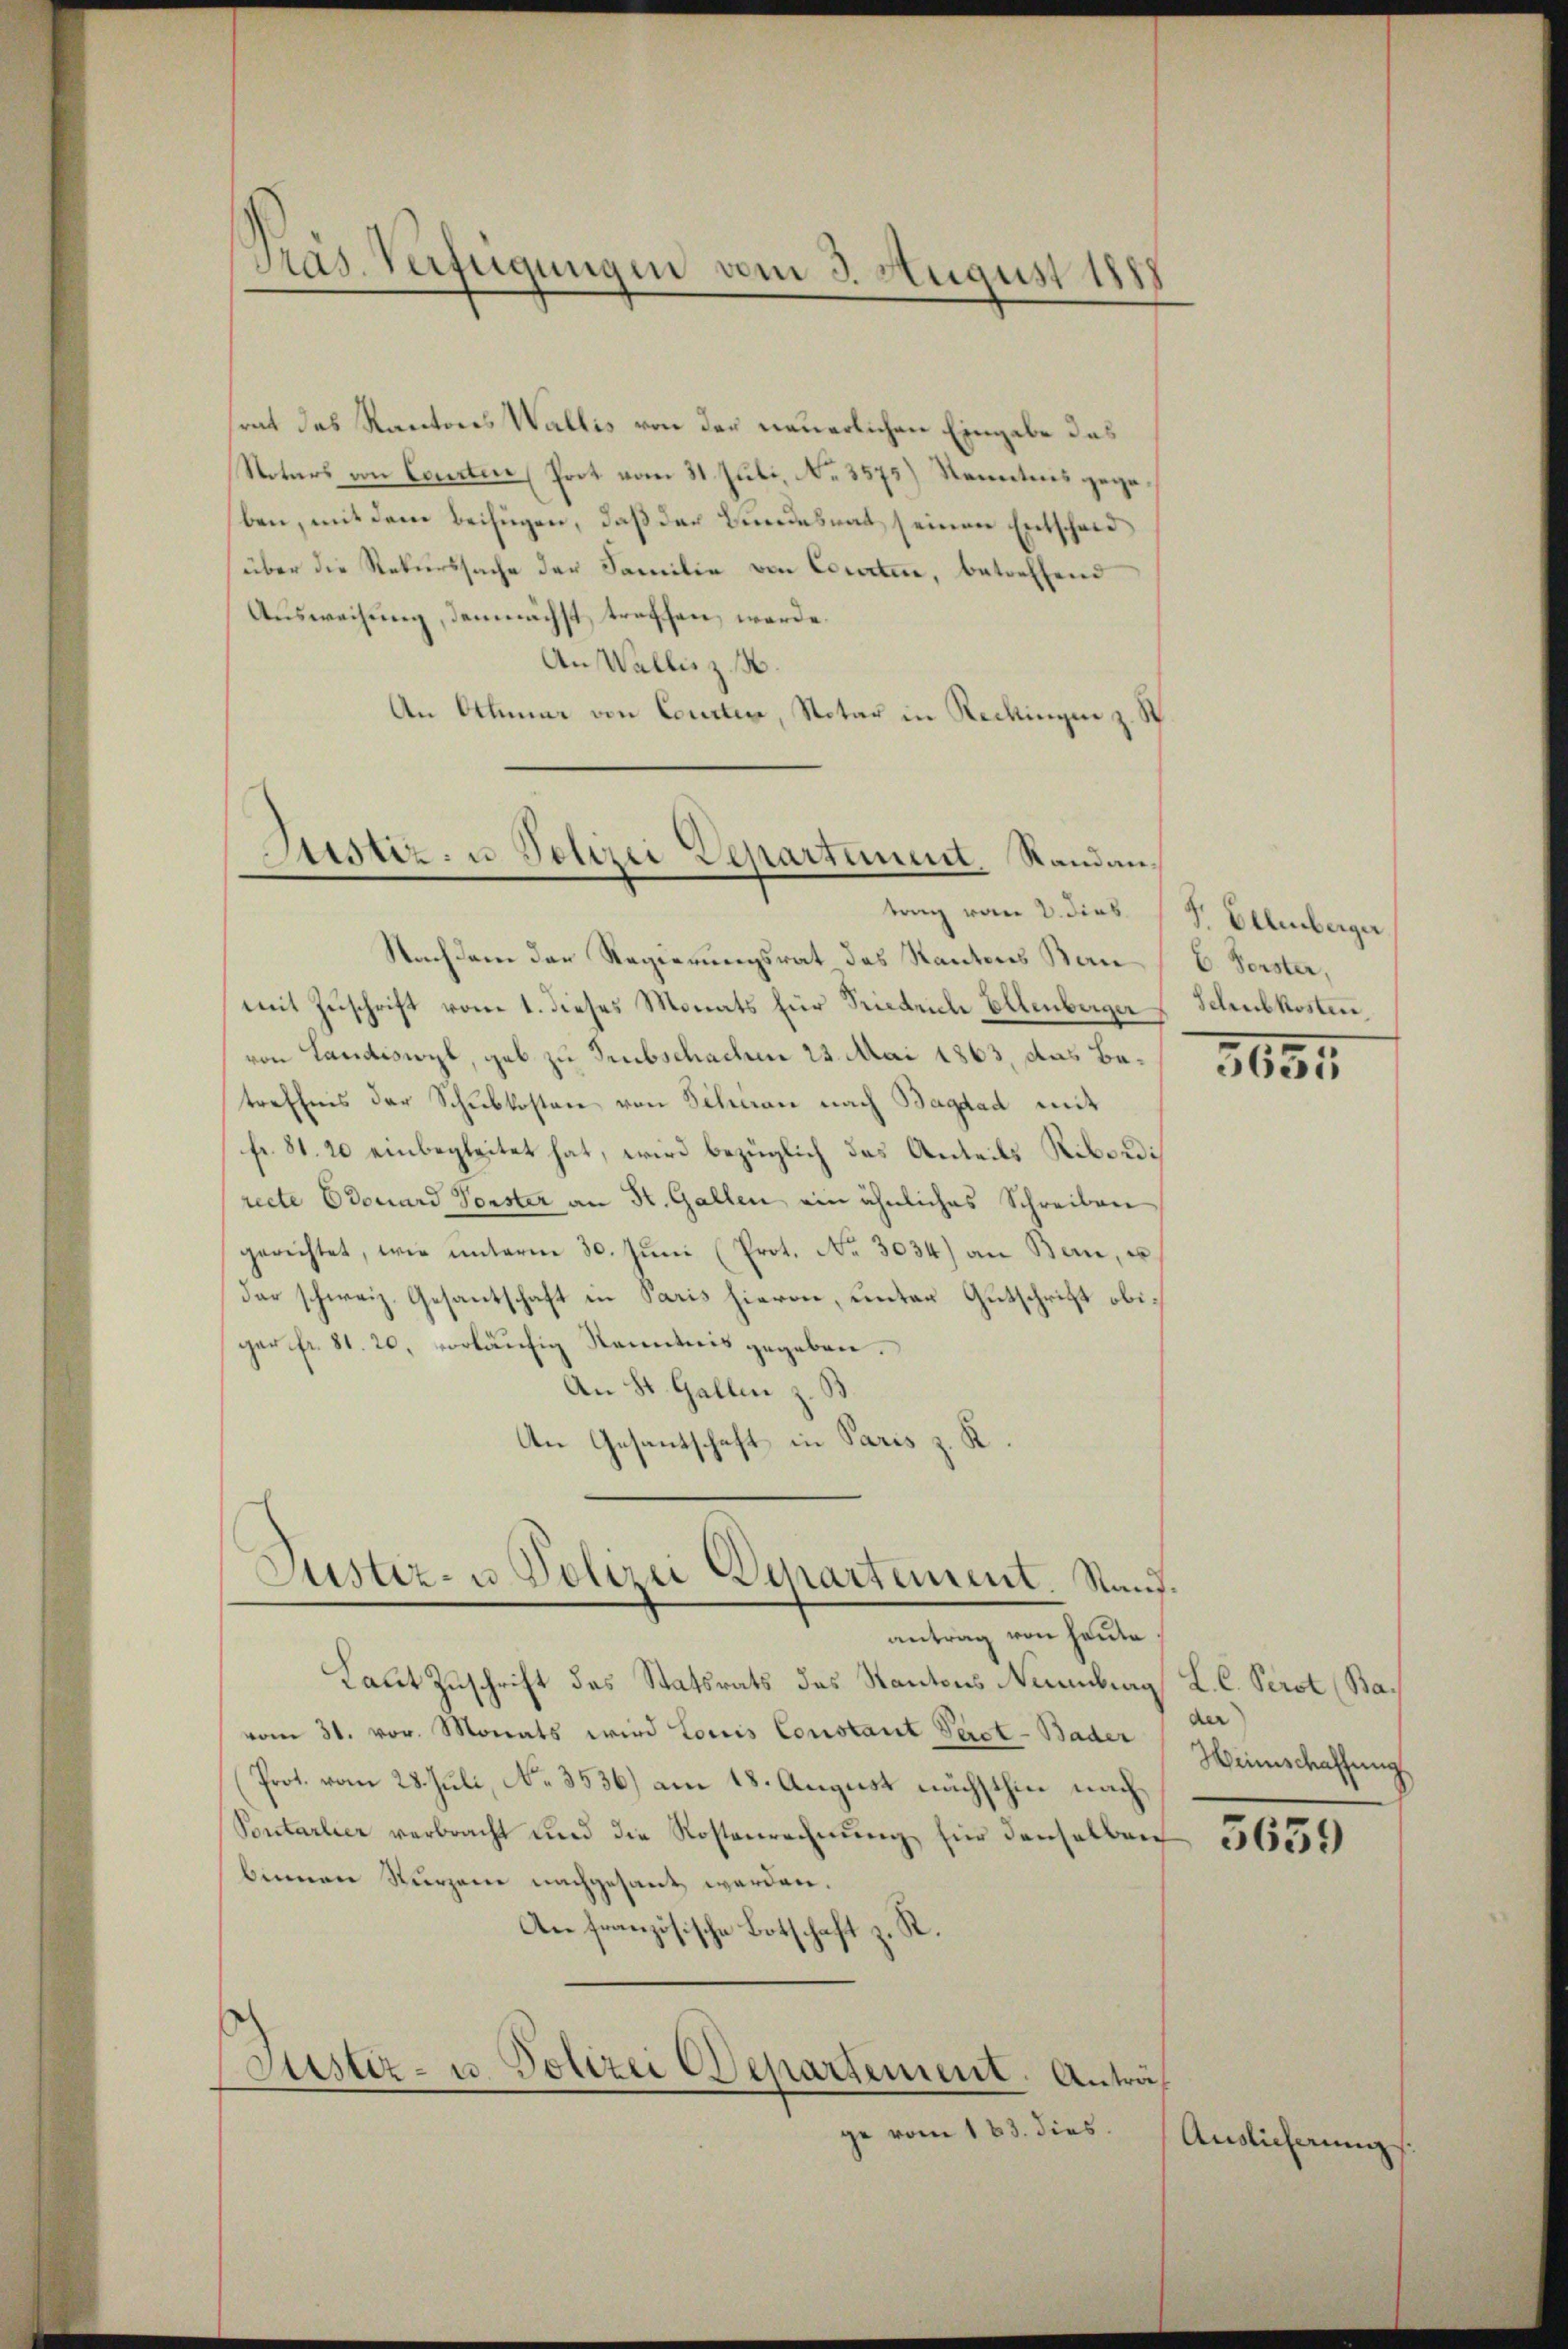
srat das Kantons Wallis von der neuerlichen Eingabe das
Notars von Courten (Prot vom 31. Juli, No. 3575) Kenntnis gegeben, mit dem beifügen, daß des Bundesrat seinen Entscheid
über die Rekurssache der Familie von Courten, betreffend
Ausweisung, demnächst treffen, werde.
An Wallis z. B.
An Ottener von Courter, Notar in Reckingen z. St

Präs. Verfügungen vom 3. August 185

Justiz- u. Selirii Departement Randane
trag vom 2. dies Sr. Ellenberger

Justiz- u. Polizei Departement. Stand.
antrag von heute.

Justiz- u. Polizei Departement. Anträ¬

ge vom 163. dies

Nachdem der Regierungsrat des Kantons Ban (C. Forster,
mit Zuschrift vom 1. dieses Monats für Friedriche Ellenberger Schubkosten
von Landiswyl, gab zu Subschachen 23. Mai 1863, das Batreffnis der Schubkosten von Scheran nach Bagdad mit
fr. 81. 20 einbegleitet hat, wird bezüglich das Anteils Ribordi
recte Edouard Vorster an St. Gallen ein ähnliches Schreiben
gerichtet, wie ŭnterm 30. Jŭni (Prot. No. 3034) an Bern, u
der schweiz. Gesantschaft in Paris hievon, unter Entschrift obigar fr. 81. 20, vorläufig Kenntnis gegeben.
An St. Gallen z. B.
An Gesantschaft in Paris z. K.

Laut Zuschrift des Statsrats das Kantons Neubeag L. C. Perst (Bavom 31. vor. Monats wird Louis Constant Sept - Bader
Prot. vom 28. Juli, No. 3536) am 18. August nächsthin nach¬
Pontarlier verbracht und die Kostenrechnung für denselben
binnen Kurzene nachgesant werden.
An französische Botschaft
1

1854

der
Heinschaffung

5659

Auslieferung